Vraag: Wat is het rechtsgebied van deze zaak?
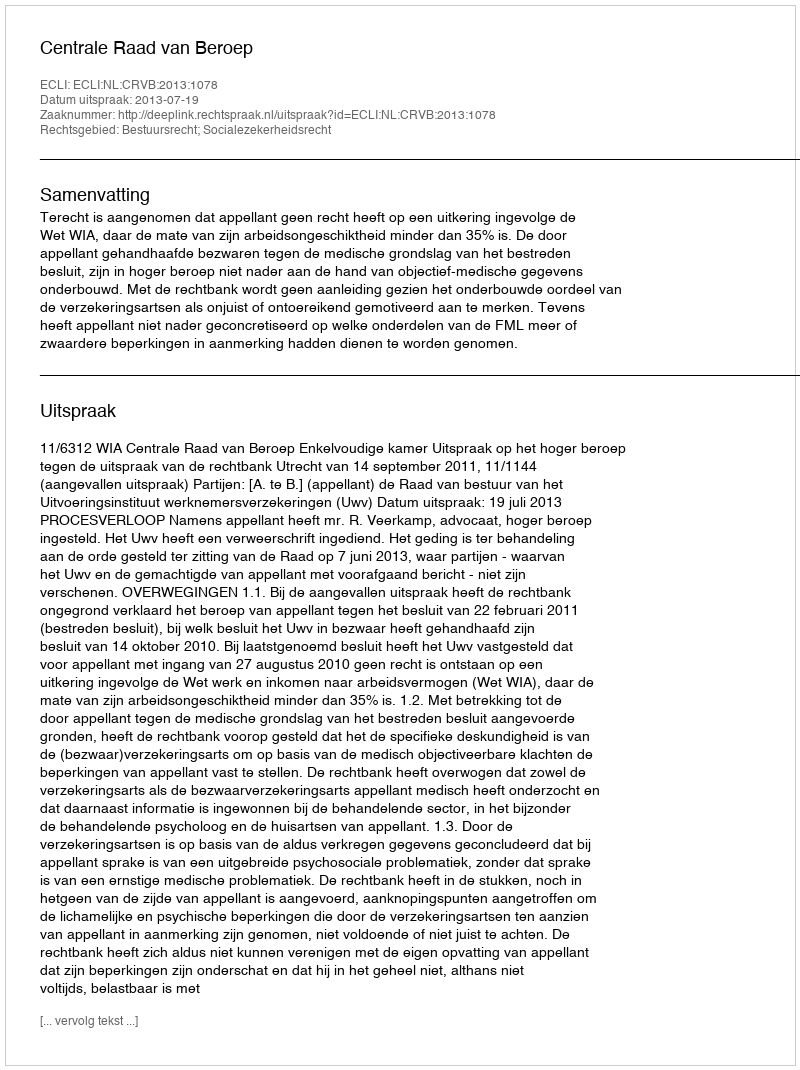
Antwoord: Bestuursrecht; Socialezekerheidsrecht